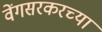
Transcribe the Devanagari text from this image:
वेंगसरकरच्या